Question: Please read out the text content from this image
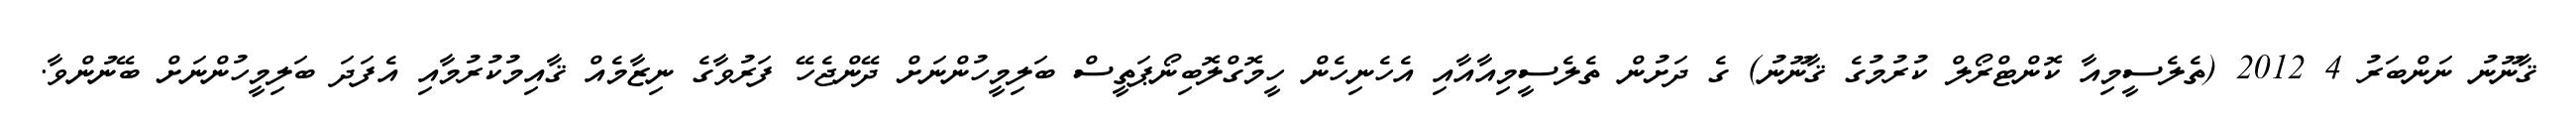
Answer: ޤާނޫނު ނަންބަރު 4 2012 (ތެލެސީމިއާ ކޮންޓްރޯލް ކުރުމުގެ ޤާނޫނު) ގެ ދަށުން ތެލެސީމިއާއާއި އެހެނިހެން ހީމޮގްލޮބިނޯޕަތީސް ބަލިމީހުންނަށް ދޭންޖެހޭ ފަރުވާގެ ނިޒާމެއް ޤާއިމުކުރުމާއި އެފަދަ ބަލިމީހުންނަށް ބޭނުންވާ.